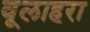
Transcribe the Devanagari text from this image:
वूलाहरा